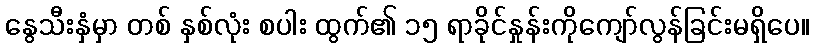
နွေသီးနှံမှာ တစ် နှစ်လုံး စပါး ထွက်၏ ၁၅ ရာခိုင်နှုန်းကိုကျော်လွန်ခြင်းမရှိပေ။